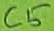
Text: C5